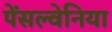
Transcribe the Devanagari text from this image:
पेंसल्वेनिया